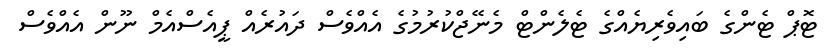
ޓޮޕް ޓެންގެ ބައިވެރިޔެއްގެ ޓެލެންޓް މެނޭޖްކުރުމުގެ އެއްވެސް ދައުރެއް ޕީއެސްއެމް ނޫން އެއްވެސް